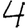
Digit: 4